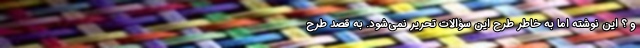
و ؟ این نوشته اما به خاطر طرح این سؤالات تحریر نمی‌شود. به قصد طرح